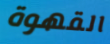
القهوة